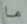
ما